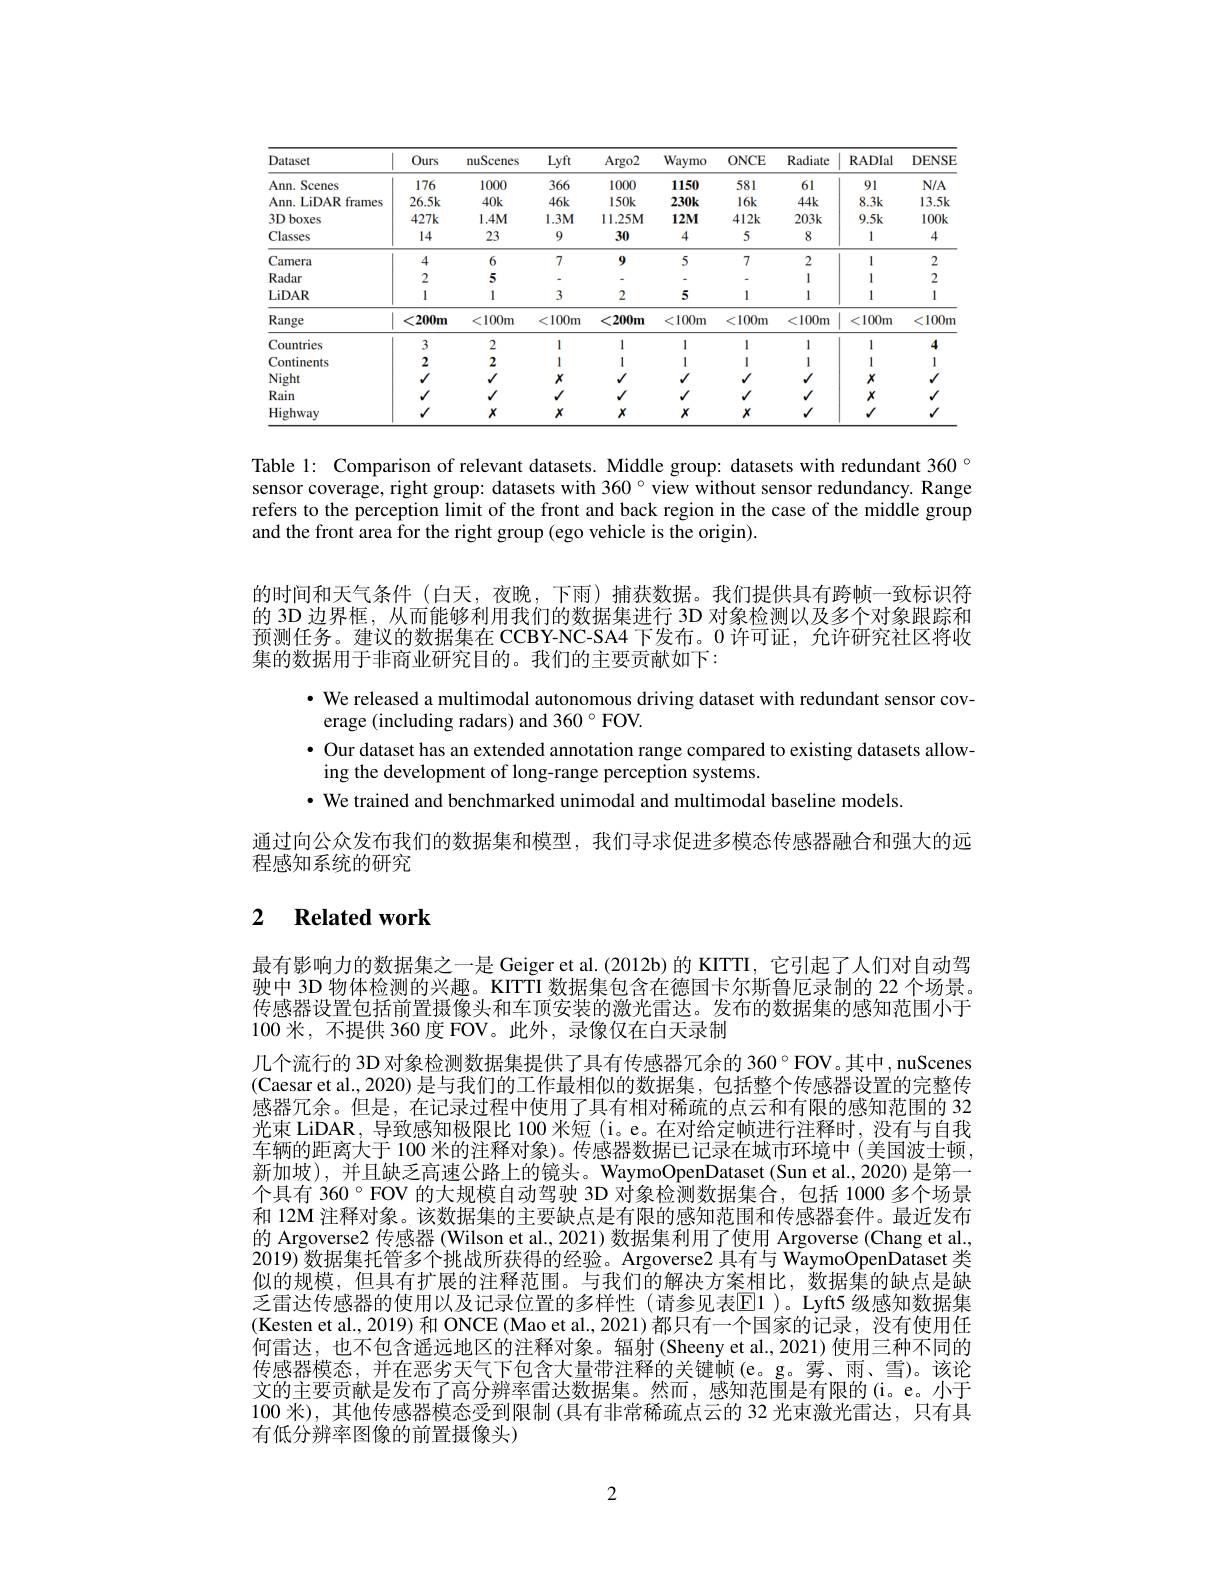
<table>
	<tbody>
		<tr>
			<th>Dataset</th>
			<th>Ours</th>
			<th>nuScenes</th>
			<th>Lyft</th>
			<th>Argo2</th>
			<th>Waymo</th>
			<th>ONCE</th>
			<th>Radiate</th>
			<th>RADIal</th>
			<th>DENSE</th>
		</tr>
		<tr>
			<td>Ann. Scenes</td>
			<td>176</td>
			<td>1000</td>
			<td>366</td>
			<td>1000</td>
			<td>1150</td>
			<td>581</td>
			<td>61</td>
			<td>91</td>
			<td>$N/A$</td>
		</tr>
		<tr>
			<td>Ann. LiDAR frames</td>
			<td>$26.5k$</td>
			<td>$40k$</td>
			<td>$46k$</td>
			<td>$150k$</td>
			<td>$230k$</td>
			<td>$16k$</td>
			<td>$44k$</td>
			<td>$8.3k$</td>
			<td>$13.5k$</td>
		</tr>
		<tr>
			<td>$3Dboxes$</td>
			<td>$427k$</td>
			<td>$1.4M$</td>
			<td>$1.3M$</td>
			<td>11.25M</td>
			<td>$12M$</td>
			<td>$412k$</td>
			<td>$203k$</td>
			<td>$9.5k$</td>
			<td>$100k$</td>
		</tr>
		<tr>
			<td>Classes</td>
			<td>14</td>
			<td>23</td>
			<td>9</td>
			<td>30</td>
			<td>4</td>
			<td>5</td>
			<td>8</td>
			<td>1</td>
			<td>4</td>
		</tr>
		<tr>
			<td>Camera</td>
			<td>4</td>
			<td>6</td>
			<td>7</td>
			<td>9</td>
			<td>5</td>
			<td>7</td>
			<td>2</td>
			<td>1</td>
			<td>2</td>
		</tr>
		<tr>
			<td>Radar</td>
			<td>2</td>
			<td>5</td>
			<td> </td>
			<td> </td>
			<td> </td>
			<td> </td>
			<td>1</td>
			<td>1</td>
			<td>2</td>
		</tr>
		<tr>
			<td>LiDAR</td>
			<td>1</td>
			<td>1</td>
			<td>3</td>
			<td>2</td>
			<td>5</td>
			<td>1</td>
			<td>1</td>
			<td>1</td>
			<td>1</td>
		</tr>
		<tr>
			<td>Range</td>
			<td>$<200m$</td>
			<td>$100m$ $\zeta$</td>
			<td>$\zeta$ $:100m$ 1</td>
			<td>$:200m$ $\zeta$ $\frac{1}{2}=\frac{1}{2}=\frac{1}{2}$</td>
			<td>$100m$ C</td>
			<td>$100m$ $\zeta$ $\frac{1}{2}=\frac{1}{2}=\frac{1}{2}$</td>
			<td>$100m$ $\zeta$</td>
			<td>< $100m$</td>
			<td>$<100m$</td>
		</tr>
		<tr>
			<td>Countries</td>
			<td>3</td>
			<td>2</td>
			<td>1</td>
			<td>1</td>
			<td>I</td>
			<td>1</td>
			<td>1</td>
			<td>1</td>
			<td>4</td>
		</tr>
		<tr>
			<td>Continents</td>
			<td>2</td>
			<td>2</td>
			<td>1</td>
			<td>1</td>
			<td>1</td>
			<td>1</td>
			<td>1</td>
			<td>1</td>
			<td>1</td>
		</tr>
		<tr>
			<td>Night</td>
			<td>$V$</td>
			<td> </td>
			<td>$X$</td>
			<td>$V$</td>
			<td>$V$</td>
			<td>$\sqrt{1}$</td>
			<td>$\sqrt{1}$</td>
			<td>$X$</td>
			<td>$\sqrt{1}$</td>
		</tr>
		<tr>
			<td>Rain</td>
			<td>1</td>
			<td> </td>
			<td>$\sqrt{1}$</td>
			<td>1</td>
			<td>$V$</td>
			<td>$\sqrt{1}$</td>
			<td>$V$</td>
			<td>$X$</td>
			<td>$\sqrt{1}$</td>
		</tr>
		<tr>
			<td>Highway</td>
			<td>1</td>
			<td>$X$</td>
			<td>$X$</td>
			<td>$X$</td>
			<td>$X$</td>
			<td>$x$</td>
			<td>$V$ T 1</td>
			<td> </td>
			<td>$V$</td>
		</tr>
	</tbody>
</table>

Table 1: Comparison of relevant datasets. Middle group: datasets with redundant 360° sensor coverage, right group: datasets with 360° view without sensor redundancy. Range refers to the perception limit of the front and back region in the case of the middle group and the front area for the right group (ego vehicle is the origin).
的时间和天气条件 (白天，夜晚，下雨)捕获数据。我们提供具有跨帧一致标识符的 3D 边界框，从而能够利用我们的数据集进行 3D 对象检测以及多个对象跟踪和预测任务。建议的数据集在 CCBY-NC-SA4 下发布。0 许可证，允许研究社区将收集的数据用于非商业研究目的。我们的主要贡献如下：
· We released a multimodal autonomous driving dataset with redundant sensor cov-
erage (including radars) and 360°FOV.
· Our dataset has an extended annotation range compared to existing datasets allow-
ing the development of long-range perception systems.
· We trained and benchmarked unimodal and multimodal baseline models
通过向公众发布我们的数据集和模型，我们寻求促进多模态传感器融合和强大的远
程感知系统的研究

# 2 $\textbf{Related work}$

最有影响力的数据集之一是 Geiger et al. (2012b) 的 KITTI, 它引起了人们对自动驾驶中 3D 物体检测的兴趣。KITTI 数据集包含在德国卡尔斯鲁厄录制的 22 个场景。传感器设置包括前置摄像头和车顶安装的激光雷达。发布的数据集的感知范围小于100 米，不提供 360 度 FOV。此外，录像仅在白天录制
几个流行的 3D 对象检测数据集提供了具有传感器冗余的 360°FOV。其中 , nuScenes (Caesar et al., 2020) 是与我们的工作最相似的数据集，包括整个传感器设置的完整传感器冗余。但是，在记录过程中使用了具有相对稀疏的点云和有限的感知范围的 32光束 LiDAR, 导致感知极限比 100 米短 (i。e。在对给定帧进行注释时，没有与自我车辆的距离大于 100米的注释对象)。传感器数据已记录在城市环境中(美国波士顿， 新加坡),并且缺乏高速公路上的镜头。WaymoOpenDataset(Sun et al.,2020)是第一个具有 360°FOV 的大规模自动驾驶 3D 对象检测数据集合，包括 1000 多个场景和 12M 注释对象。该数据集的主要缺点是有限的感知范围和传感器套件。最近发布的 Argoverse2 传感器 (Wilson et al., 2021) 数据集利用了使用 Argoverse (Chang et al. 2019)数据集托管多个挑战所获得的经验。Argoverse2 具有与 WaymoOpenDataset 类似的规模，但具有扩展的注释范围。与我们的解决方案相比，数据集的缺点是缺乏雷达传感器的使用以及记录位置的多样性 (请参见表$\boxed{\mathrm{E}}1$ )。Lyft5 级感知数据集(Kesten et al., 2019) 和 ONCE (Mao et al., 2021) 都只有一个国家的记录，没有使用任何雷达，也不包含遥远地区的注释对象。辐射(Sheeny et al.,2021)使用三种不同的传感器模态，并在恶劣天气下包含大量带注释的关键帧(e。g。雾、雨、雪)。该论文的主要贡献是发布了高分辨率雷达数据集。然而，感知范围是有限的(i。e。小于100 米),其他传感器模态受到限制 (具有非常稀疏点云的 32 光束激光雷达，只有具有低分辨率图像的前置摄像头)

2